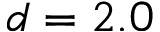
d = 2 . 0